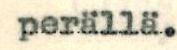
perällä.